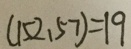
( 1 5 2 , 5 7 ) = 1 9